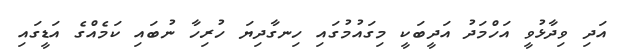
އަދި ވިދާޅުވީ އަހްމަދު އަދީބަކީ މިގައުމުގައި ހިނގާދިޔަ ހުރިހާ ނުބައި ކަމެއްގެ އަޑީގައި